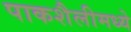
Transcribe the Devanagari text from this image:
पाकशैलीमध्ये